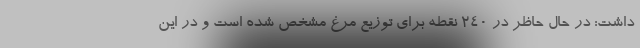
داشت: در حال حاظر در ۲۴۰ نقطه برای توزیع مرغ مشخص شده است و در این